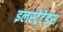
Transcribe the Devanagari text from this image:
इलस्ट्रेटेड्स